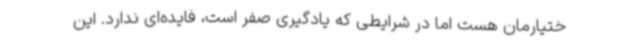
ختیارمان هست اما در شرایطی که یادگیری صفر است، فایده‌ای ندارد. این